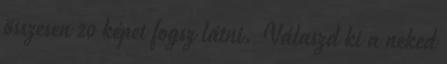
összesen 20 képet fogsz látni. Válaszd ki a neked